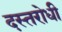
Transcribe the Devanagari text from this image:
दस्तरोधी